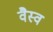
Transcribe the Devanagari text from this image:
वैस्‍व